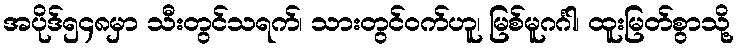
အပိုဒ်၅၄၈မှာ သီးတွင်သရက်၊ သားတွင်ဝက်ဟူ၊ မြစ်မူဂင်္ဂါ၊ ထူးမြတ်စွာသို့